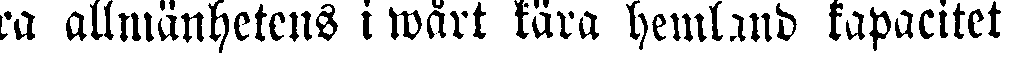
xa allmänhetens i wårt kära hemland kapacitet